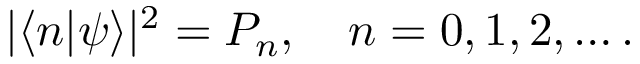
| \langle n | \psi \rangle | ^ { 2 } = P _ { n } , \quad n = 0 , 1 , 2 , \ldots .